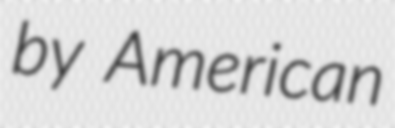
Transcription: by American